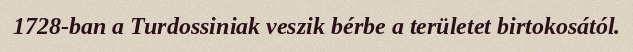
1728-ban a Turdossiniak veszik bérbe a területet birtokosától.